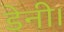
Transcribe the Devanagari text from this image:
डेनी।